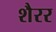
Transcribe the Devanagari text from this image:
शैरर